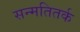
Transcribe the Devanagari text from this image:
सन्मतितर्क